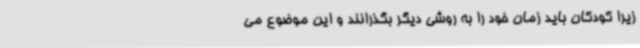
زیرا کودکان باید زمان خود را به روشی دیگر بگذرانند و این موضوع می